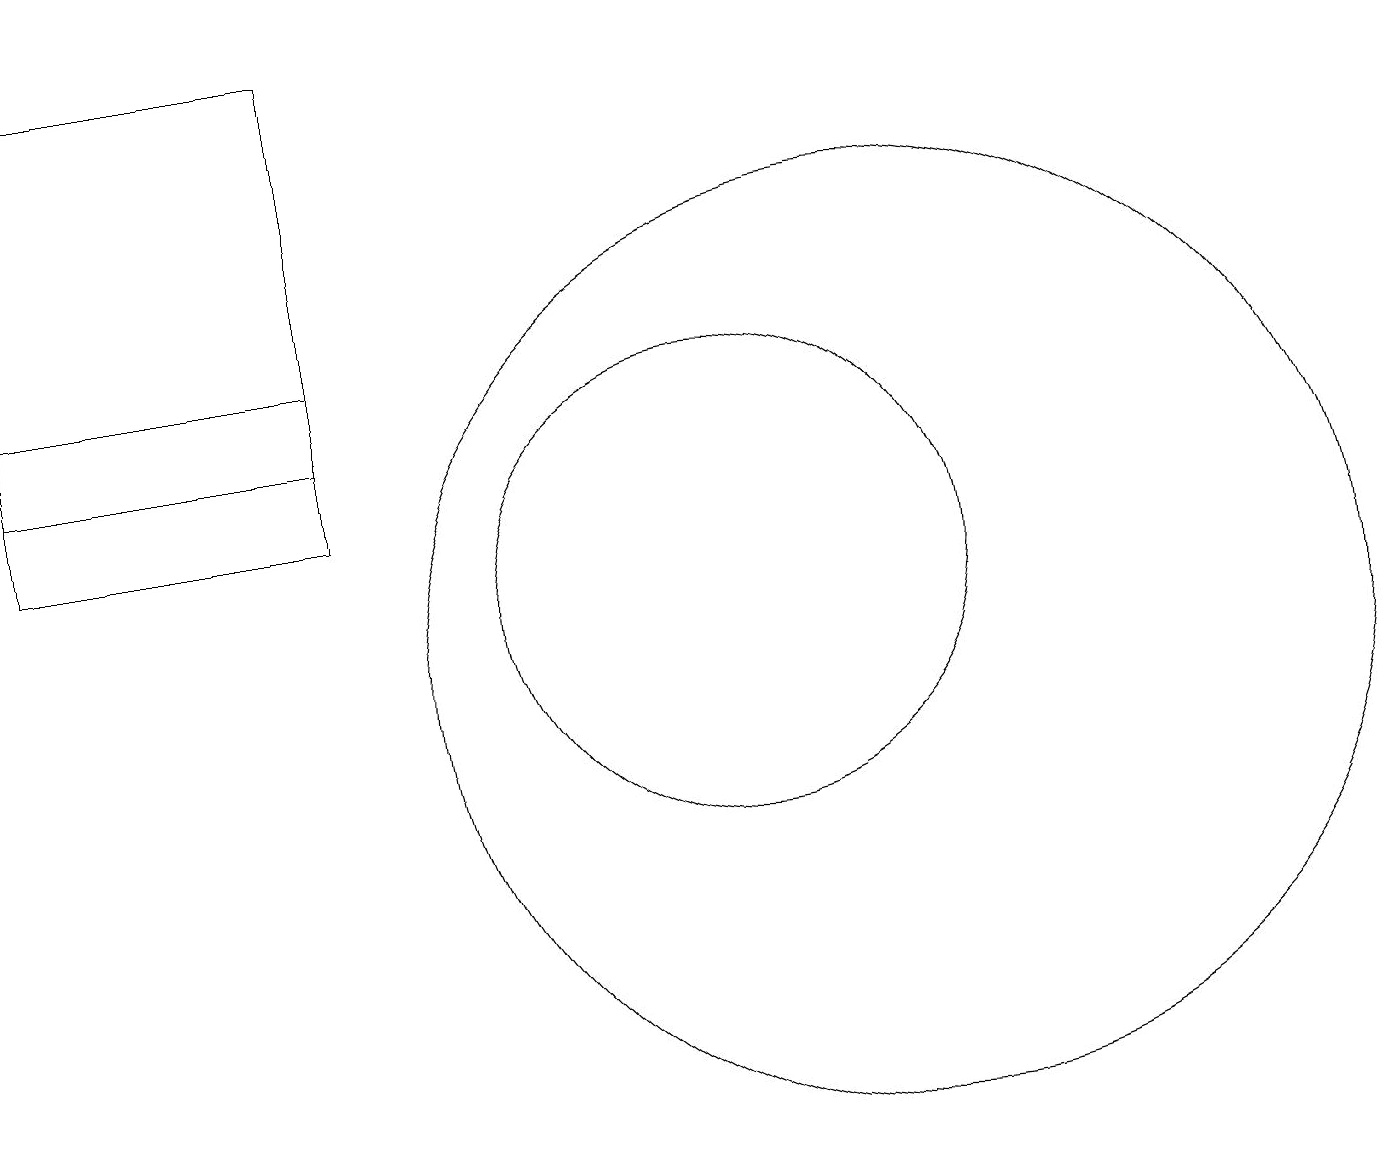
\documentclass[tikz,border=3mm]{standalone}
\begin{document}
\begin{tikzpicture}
\draw (1,18) rectangle (5,12);
\draw (10,11) circle (3);
\draw (12,10) circle (6);
\draw (1,13) rectangle (5,14);
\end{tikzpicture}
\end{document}